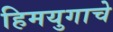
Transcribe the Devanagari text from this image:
हिमयुगाचे